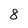
Character: 8